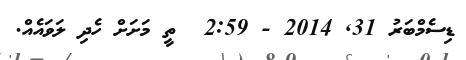
ޑިސެމްބަރު 31